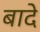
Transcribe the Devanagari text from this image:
बादे